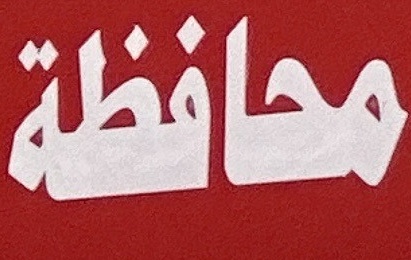
محافظة